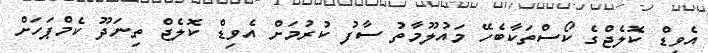
އެވިޑް ކޮލެޖްގެ ކޯސްތަކާބެހޭ މައުލޫމާތު ސާފު ކުރުމަށް އެވިޑް ކޮލެޖް ތިނަދޫ ކެމްޕަހަށް